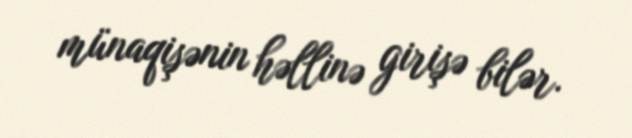
münaqişənin həllinə girişə bilər.